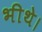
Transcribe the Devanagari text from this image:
भीथे।